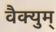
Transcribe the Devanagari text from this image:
वैक्युम्